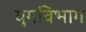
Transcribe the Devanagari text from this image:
युगविभाग